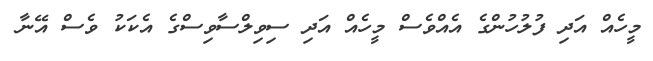
މީހެއް އަދި ފުލުހުންގެ އެއްވެސް މީހެއް އަދި ސިވިލްސާވިސްގެ އެކަކު ވެސް އޭނާ